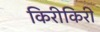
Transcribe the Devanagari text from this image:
किरीकिरी